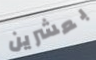
بعشرين